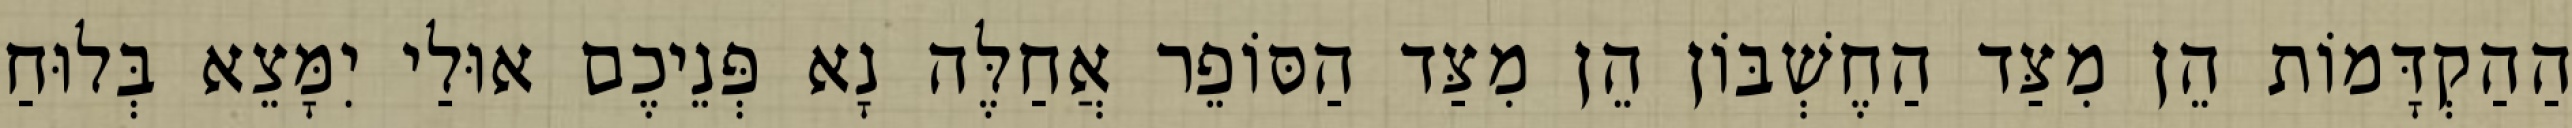
הַהַקְדָּמוֹת הֵן מִצַּד הַחֶשְׁבּוֹן הֵן מִצַּד הַסּוֹפֵר אֲחַלֶּה נָא פְּנֵיכֶם אוּלַי יִמָּצֵא בְּלוּחַ